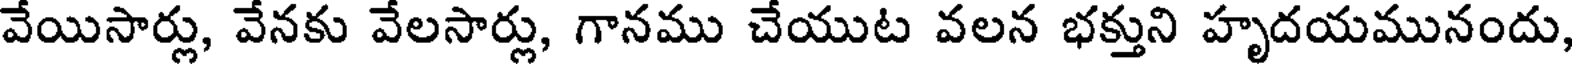
వేయిసార్లు, వేనకు వేలసార్లు, గానము చేయుట వలన భక్తుని హృదయమునందు,